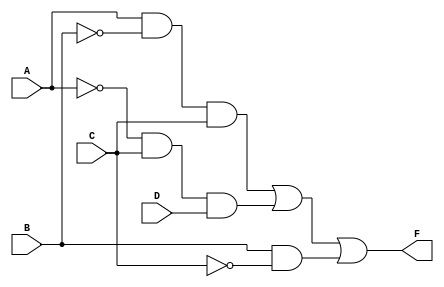
module combinational_logic (
    input wire A,      // Input A
    input wire B,      // Input B
    input wire C,      // Input C
    input wire D,      // Input D
    output wire F      // Output F
);

// Internal signals for product terms
wire AB_not_C;    // A AND NOT B AND C
wire A_not_C_D;   // NOT A AND C AND D
wire B_C_not;     // B AND NOT C

// Implementing the terms of the simplified expression
assign AB_not_C = A & ~B & C;     // A AND NOT B AND C
assign A_not_C_D = ~A & C & D;    // NOT A AND C AND D
assign B_C_not = B & ~C;          // B AND NOT C

// Final output F as OR of product terms
assign F = AB_not_C | A_not_C_D | B_C_not; // SOP form

endmodule